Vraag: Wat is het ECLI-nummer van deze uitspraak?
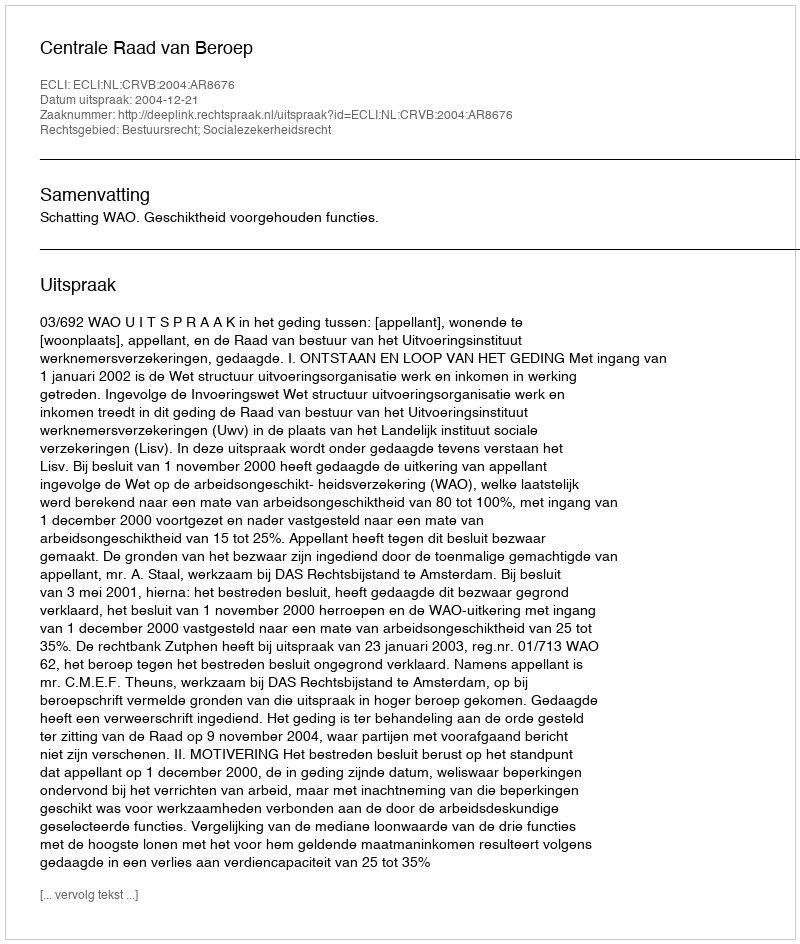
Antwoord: ECLI:NL:CRVB:2004:AR8676